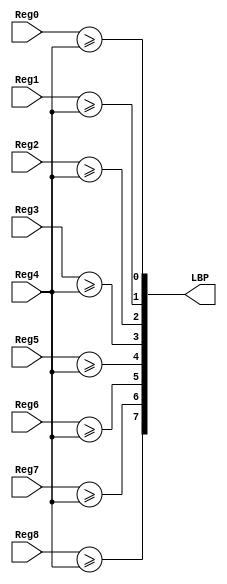
module PE(
	input			[7:0]	Reg0,
	input			[7:0]	Reg1,
	input			[7:0]	Reg2,
	input			[7:0]	Reg3,
	input			[7:0]	Reg4,
	input			[7:0]	Reg5,
	input			[7:0]	Reg6,
	input			[7:0]	Reg7,
	input			[7:0]	Reg8,
	output	wire	[7:0]	LBP);
//====================================================================
	assign LBP[0]=(Reg0>=Reg4);
	assign LBP[1]=(Reg1>=Reg4);
	assign LBP[2]=(Reg2>=Reg4); 
	assign LBP[3]=(Reg3>=Reg4);
	assign LBP[4]=(Reg5>=Reg4);
	assign LBP[5]=(Reg6>=Reg4);
	assign LBP[6]=(Reg7>=Reg4);
	assign LBP[7]=(Reg8>=Reg4);

endmodule